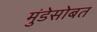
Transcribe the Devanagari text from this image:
मुंडेसोबत